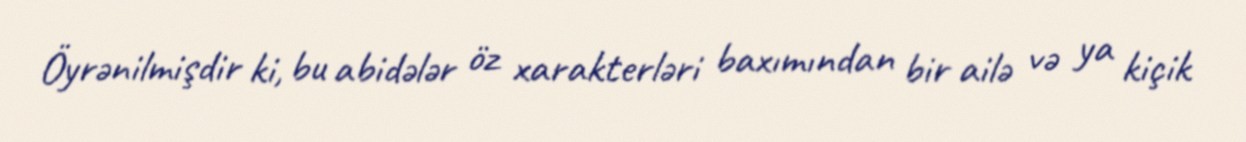
Öyrənilmişdir ki, bu abidələr öz xarakterləri baxımından bir ailə və ya kiçik